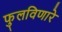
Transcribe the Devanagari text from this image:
फुलविणारे